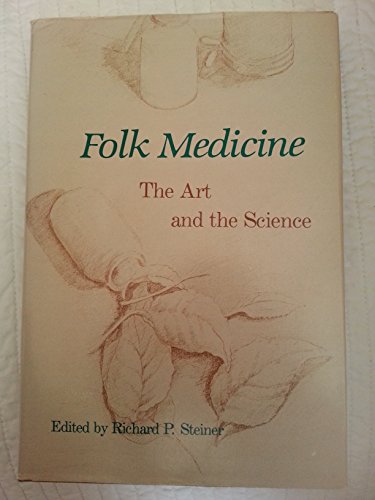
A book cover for Folk Medicine: The Art and the Science; Medical Books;